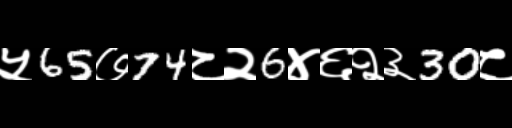
Text: ५65७74८२6४६२३30८